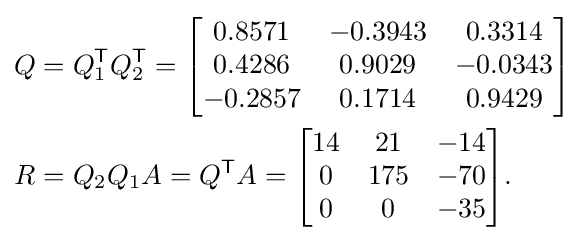
{\begin{aligned}Q&=Q_{1}^{\textsf {T}}Q_{2}^{\textsf {T}}={\begin{bmatrix}0.8571&-0.3943&0.3314\\0.4286&0.9029&-0.0343\\-0.2857&0.1714&0.9429\end{bmatrix}}\\R&=Q_{2}Q_{1}A=Q^{\textsf {T}}A={\begin{bmatrix}14&21&-14\\0&175&-70\\0&0&-35\end{bmatrix}}.\end{aligned}}